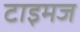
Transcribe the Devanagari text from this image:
टाइमज